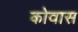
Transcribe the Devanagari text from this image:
कोवास